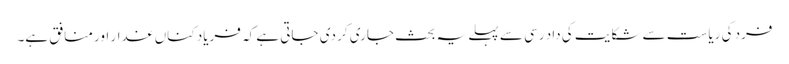
فرد کی ریاست سے شکایت کی داد رسی سے پہلے یہ بحث جاری کر دی جاتی ہے کہ فریاد کناں غدار اور منافق ہے۔